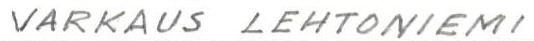
VARKAUS LEHTONIEMI